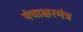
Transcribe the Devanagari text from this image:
पंचाक्षरमंत्र